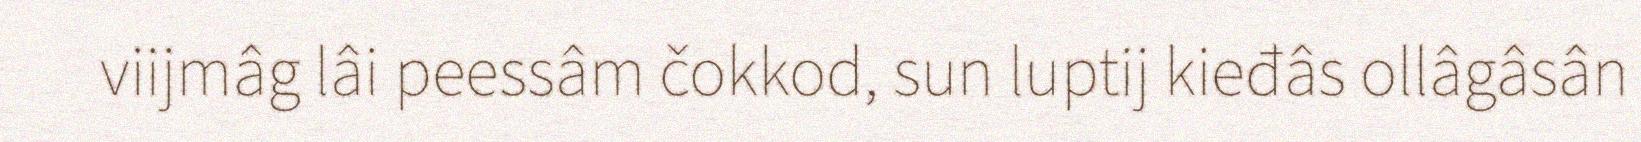
viijmâg lâi peessâm čokkod, sun luptij kieđâs ollâgâsân